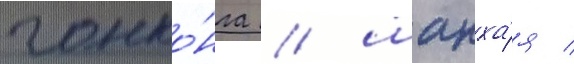
гонко́нга / шанха́я /